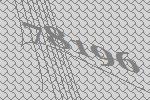
78196